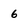
Character: 6